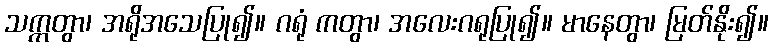
သက္ကတွာ၊ အရိုအသေပြု၍။ ဂရုံ ကတွာ၊ အလေးဂရုပြု၍။ မာနေတွာ၊ မြတ်နိုး၍။